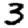
Digit: 3